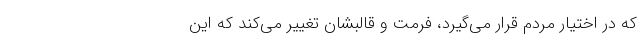
که در اختیار مردم قرار می‌گیرد، فرمت و قالبشان تغییر می‌کند که این